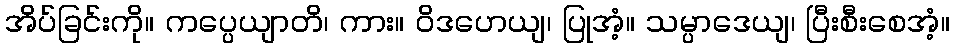
အိပ်ခြင်းကို။ ကပ္ပေယျာတိ၊ ကား။ ဝိဒဟေယျ၊ ပြုအံ့။ သမ္ပာဒေယျ၊ ပြီးစီးစေအံ့။